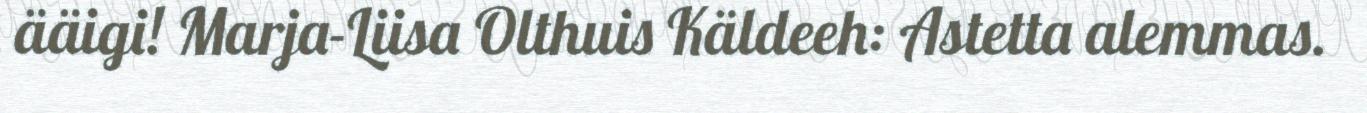
ääigi! Marja-Liisa Olthuis Käldeeh: Astetta alemmas.